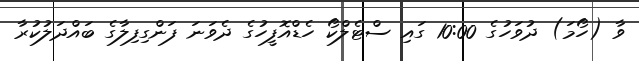
ވާ (ހޯމަ) ދުވަހުގެ 10:00 ގައި ސްޓެލްކޯ ހެޑްއޮފީހުގެ ދެވަނަ ފަންގިފިލާގެ ބައްދަލުކުރާ